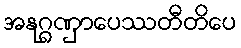
အနုဂ္ဂဏှာပေဿတီတိပေ